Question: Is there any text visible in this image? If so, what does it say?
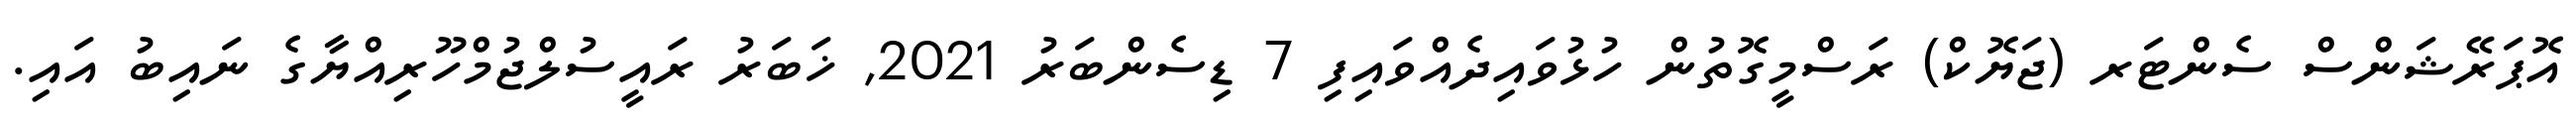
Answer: އޮޕަރޭޝަންސް ސެންޓަރ (ޖަޔޮކް) ރަސްމީގޮތުން ހުޅުވައިދެއްވައިފި 7 ޑިސެންބަރު 2021, ޚަބަރު ރައީސުލްޖުމްހޫރިއްޔާގެ ނައިބު އައި.